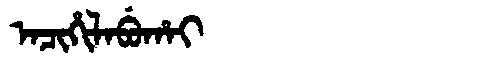
Manchu: ᠠᠴᡳᡥᡳᠯᠠᠪᡠᡥᠠᡳ
Romanization: ACIHILABUHAI